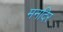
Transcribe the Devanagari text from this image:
मनदिर